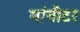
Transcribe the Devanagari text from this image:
मांनीटर